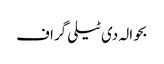
بحوالہ دی ٹیلی گراف